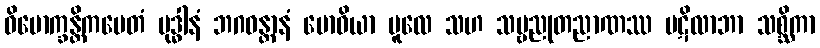
ဝိမောက္ခန္တိကမေတံ ဗုဒ္ဓါနံ ဘဂဝန္တာနံ ဗောဓိယာ မူလေ သဟ သဗ္ဗညုတညာဏဿ ပဋိလာဘာ သစ္ဆိကာ